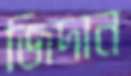
জিদান